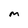
Character: M